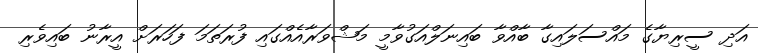
އަދި ސީރިޔާގެ މައްސަލައިގާ ބާއްވާ ބައިނަލްއަގުވާމީ މަޝްވަރާއެއްގައި ފުރަތަމަ ފަހަރަށް އީރާނު ބައިވެރި